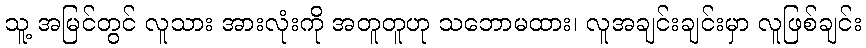
သူ့ အမြင်တွင် လူသား အားလုံးကို အတူတူဟု သဘောမထား၊ လူအချင်းချင်းမှာ လူဖြစ်ချင်း